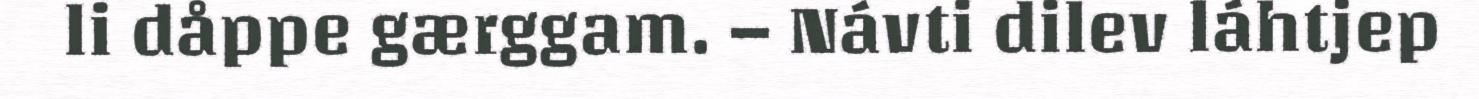
li dåppe gærggam. – Návti dilev láhtjep